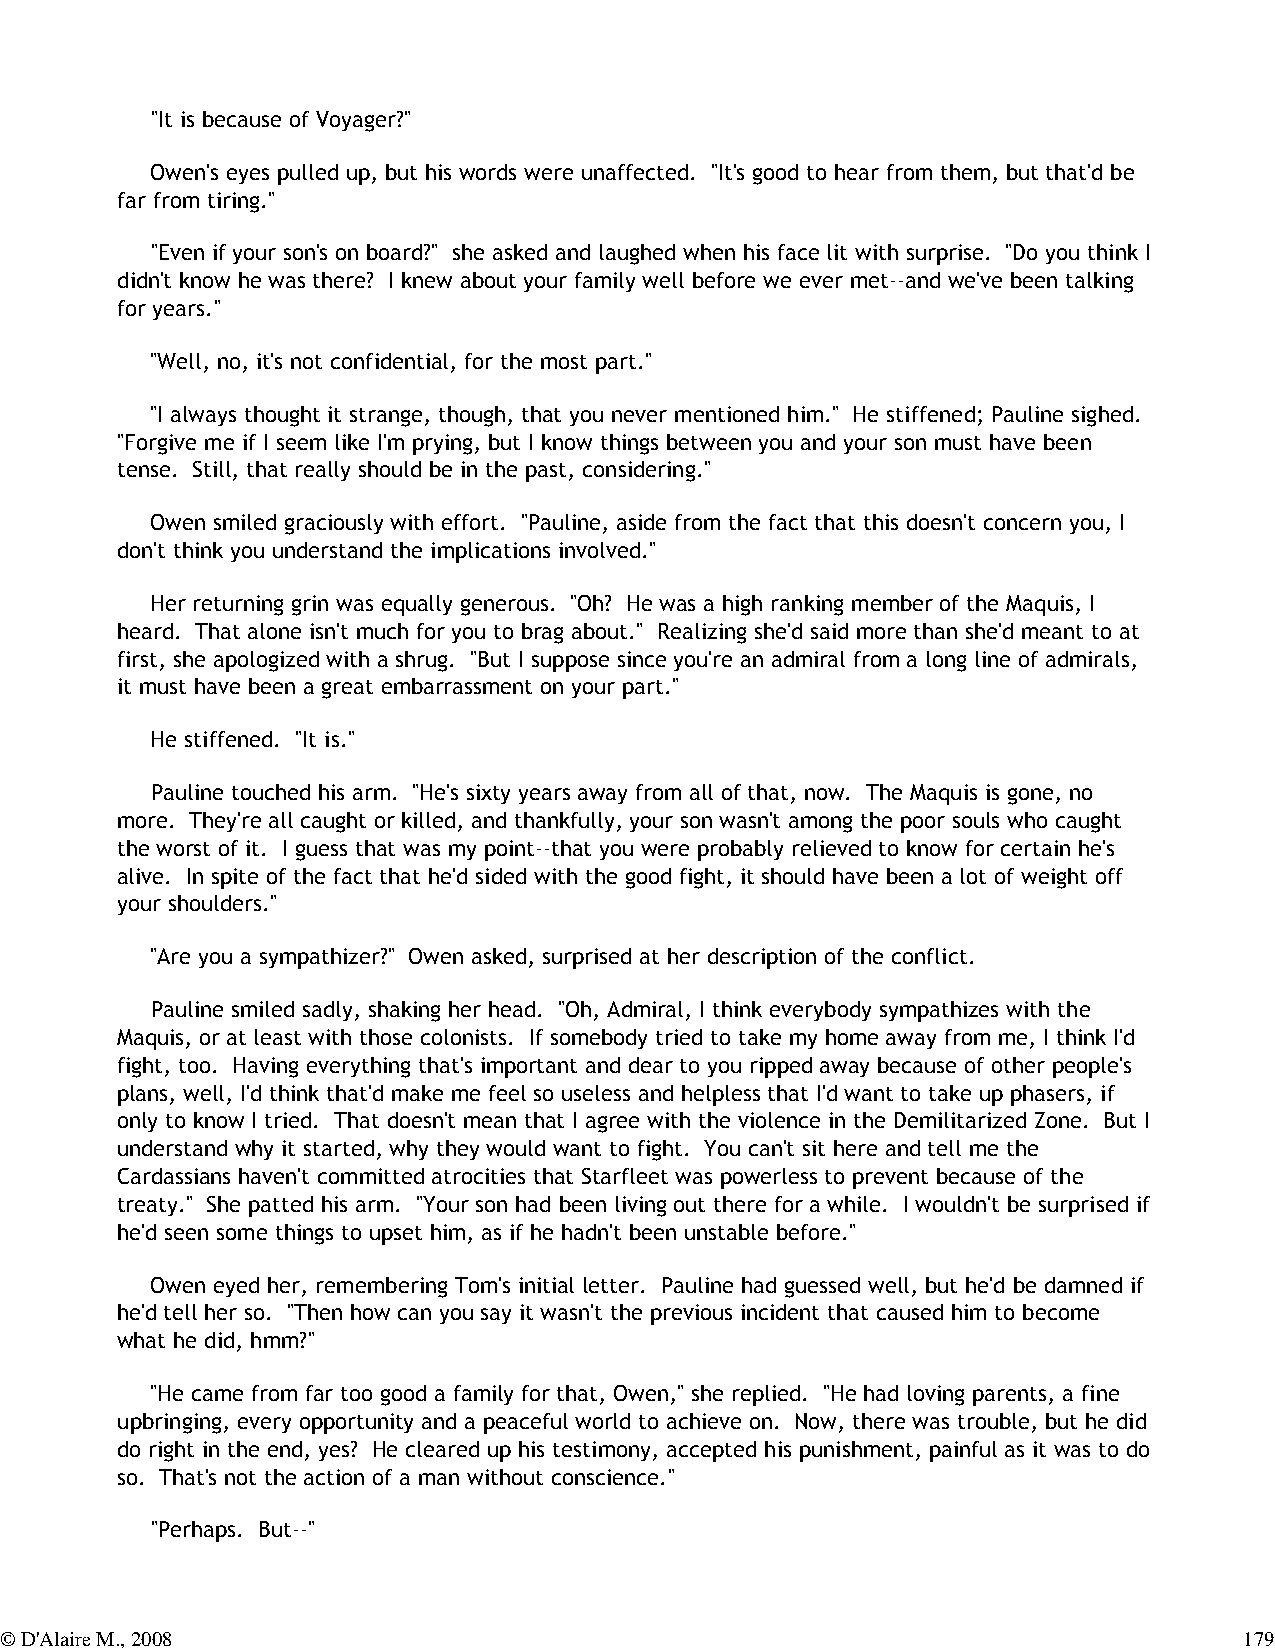
"It is because of Voyager?"
 Owen's eyes pulled up, but his words were unaffected. "It's good to hear from them, but that'd be
 far from tiring."
 "Even if your son's on board?" she asked and laughed when his face lit with surprise. "Do you think I
 didn't know he was there? I knew about your family well before we ever met--and we've been talking
 for years."
 "Well, no, it's not confidential, for the most part."
 "I always thought it strange, though, that you never mentioned him." He stiffened; Pauline sighed.
 "Forgive me if I seem like I'm prying, but I know things between you and your son must have been
 tense. Still, that really should be in the past, considering."
 Owen smiled graciously with effort. "Pauline, aside from the fact that this doesn't concern you, I
 don't think you understand the implications involved."
 Her returning grin was equally generous. "Oh? He was a high ranking member of the Maquis, I
 heard. That alone isn't much for you to brag about." Realizing she'd said more than she'd meant to at
 first, she apologized with a shrug. "But I suppose since you're an admiral from a long line of admirals,
 it must have been a great embarrassment on your part."
 He stiffened. "It is."
 Pauline touched his arm. "He's sixty years away from all of that, now. The Maquis is gone, no
 more. They're all caught or killed, and thankfully, your son wasn't among the poor souls who caught
 the worst of it. I guess that was my point--that you were probably relieved to know for certain he's
 alive. In spite of the fact that he'd sided with the good fight, it should have been a lot of weight off
 your shoulders."
 "Are you a sympathizer?" Owen asked, surprised at her description of the conflict.
 Pauline smiled sadly, shaking her head. "Oh, Admiral, I think everybody sympathizes with the
 Maquis, or at least with those colonists. If somebody tried to take my home away from me, I think I'd
 fight, too. Having everything that's important and dear to you ripped away because of other people's
 plans, well, I'd think that'd make me feel so useless and helpless that I'd want to take up phasers, if
 only to know I tried. That doesn't mean that I agree with the violence in the Demilitarized Zone. But I
 understand why it started, why they would want to fight. You can't sit here and tell me the
 Cardassians haven't committed atrocities that Starfleet was powerless to prevent because of the
 treaty." She patted his arm. "Your son had been living out there for a while. I wouldn't be surprised if
 he'd seen some things to upset him, as if he hadn't been unstable before."
 Owen eyed her, remembering Tom's initial letter. Pauline had guessed well, but he'd be damned if
 he'd tell her so. "Then how can you say it wasn't the previous incident that caused him to become
 what he did, hmm?"
 "He came from far too good a family for that, Owen," she replied. "He had loving parents, a fine
 upbringing, every opportunity and a peaceful world to achieve on. Now, there was trouble, but he did
 do right in the end, yes? He cleared up his testimony, accepted his punishment, painful as it was to do
 so. That's not the action of a man without conscience."
 "Perhaps. But--"
 © D'Alaire M., 2008                                                               179